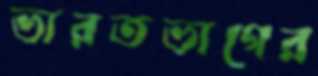
ভারতভাগের